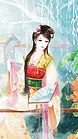
丝丝杨柳丝丝雨。春在溟濛处。